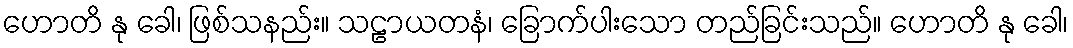
ဟောတိ နု ခေါ၊ ဖြစ်သနည်း။ သဠာယတနံ၊ ခြောက်ပါးသော တည်ခြင်းသည်။ ဟောတိ နု ခေါ၊